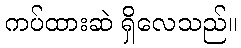
ကပ်ထားဆဲ ရှိလေသည်။